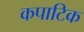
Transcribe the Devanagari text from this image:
कपाटिक